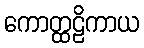
ကောတ္ထဠိကာယ